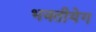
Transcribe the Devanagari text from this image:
भक्तीयेग